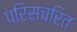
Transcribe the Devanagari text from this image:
परिसंचरित